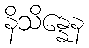
နိသိန္နေန